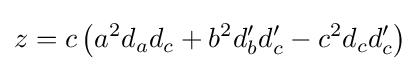
z=c\left(a^{2}d_{a}d_{c}+b^{2}d_{b}'d_{c}'-c^{2}d_{c}d_{c}'\right)